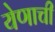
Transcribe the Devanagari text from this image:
येणाची